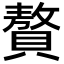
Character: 贅